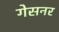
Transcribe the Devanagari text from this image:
गेसनर